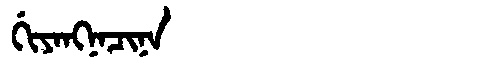
Manchu: ᡤᡳᠶᠠᠩᠨᠠᠴᡳᠨᠠ
Romanization: GIYANGNACINA